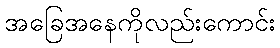
အခြေအနေကိုလည်းကောင်း